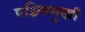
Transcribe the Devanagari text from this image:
पश्चिममुखी